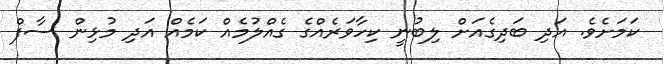
ކަމަށެވެ. އަދި ބަދިގެއަށް ލިބުނީ ކިހާވަރެއްގެ ގެއްލުމެއް ކަމެއް އަދި މުޅިން ސާފް